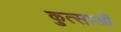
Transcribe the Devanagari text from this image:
कुत्साओं